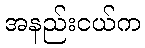
အနည်းငယ်က